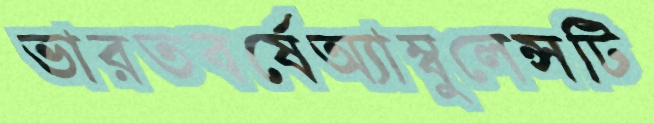
ভারতবর্ষেঅ্যাম্বুলেন্সটি